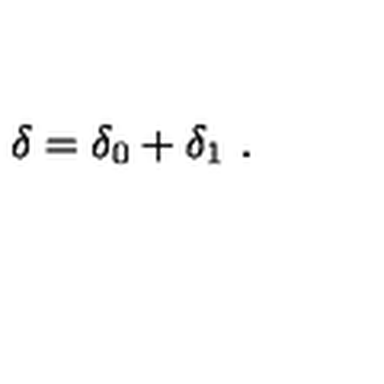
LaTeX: \delta = \delta _ { 0 } + \delta _ { 1 } \ .